Annual report on the mental hospital in the Central Provinces and Berar (Nagpur) - 1927-1951
Year: 1927
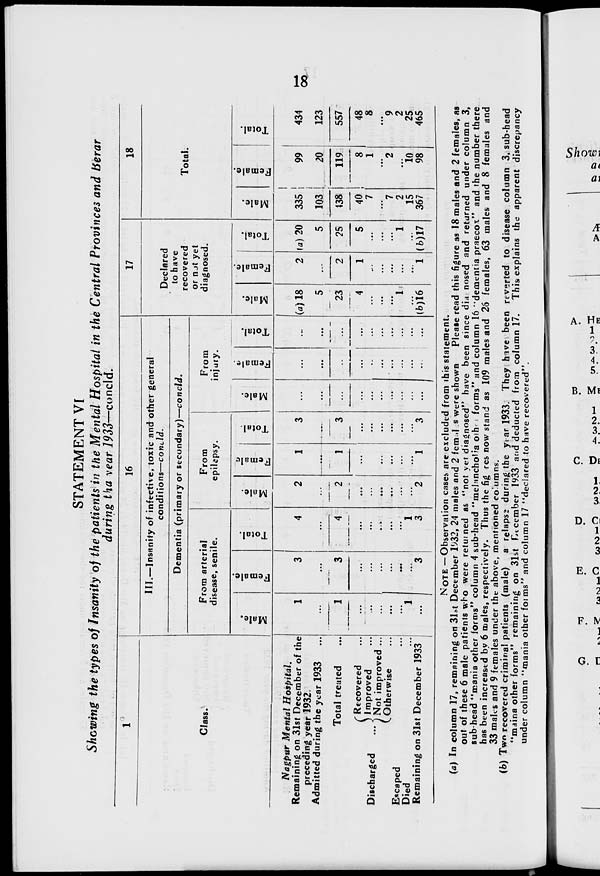
18
STATEMENT VI
Showing the types of Insanity of the patients in the Mental Hospital in the Central Provinces and Berar
during the year 1933—concld.
1
Class.
Nagpur Mental Hospital.
Remaining on 31st December of the
preceding year 1932.
Admitted during the year 1933 ...
Total treated ...
Discharged ...
Recovered ...
Improved ...
Not improved ...
Otherwise ...
Escaped ...
Died ...
Remaining on 31st December 1933
16
III.—Insanity of infective, toxic and other general
conditions—concld.
Dementia (primary or secondary)—concld.
From arterial
disease, senile.
Male.
1
...
1
...
...
...
...
...
1
...
Female.
3
...
3
...
...
...
...
...
...
3
Total.
4
...
4
...
...
...
...
...
1
3
From
epilepsy.
Male.
2
...
2
...
...
...
...
...
...
2
Female
1
...
1
...
...
...
...
...
...
1
Total.
3
...
3
...
...
...
...
...
...
3
From
injury.
Male.
...
...
...
...
...
...
...
...
...
...
Female.
...
...
...
...
...
...
...
...
...
...
Total.
...
...
...
...
...
...
...
...
...
...
17
Declared
to have
recovered
or not yet
diagnosed.
Male.
(a) 18
5
23
4
...
...
...
1
...
(b) 16
Female.
2
...
2
1
...
...
...
...
...
1
Total.
(a) 20
5
25
5
...
...
...
1
...
(b) 17
18
Total.
Male.
335
103
438
40
7
...
7
2
15
367
Female.
99
20
119
8
1
...
2
...
10
98
Total.
434
123
557
48
8
...
9
2
25
465
NOTE —Observation cases are excluded from this statement.
(a) In column 17, remaining on 31st December 1932, 24 males and 2 females were shown
Please read this figure as 18 males and 2 females, as
out of these 6 male patients who were returned as "not yet diagnosed" have been since diagnosed and returned under column 3,
sub-head "mania other forms" column 4 sub-head "melancholia other forms" and column 16 "dementia praecox" and the number there
has been increased by 6 males, respectively. Thus the fig res now stand as 109 males and 26 females, 63 males and 8 females and
33 males and 9 females under the above, mentioned columns.
(b) Two recovered criminal patients (male)
a relapse during the year 1933. They have been reverted to disease column 3, sub-head
"maina other forms" remaining on 31st December 1933 and deducted from column 17. This explains the apparent discrepancy
under column "mania other forms" and column 17 "declared to have recovered".